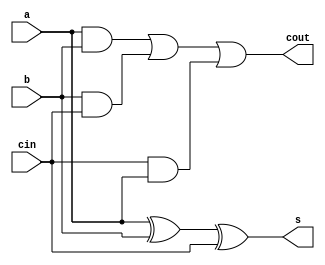

module FullAdder(input a,b,cin, output cout,s);
      assign cout = a&b|b&cin|cin&a;
      assign s = a^b^cin;
endmodule

module CRA(a,b,sum,cout);
      parameter N = 2;

      input [N-1:0] a,b;
      output cout;
      output [N-1:0] sum;

      wire [N-1:0] c;

      assign cout = c[N-1];

      FullAdder FA0(a[0],b[0],1'b0,c[0],sum[0]);

      genvar p;
      for(p = 1;p<N;p=p+1)
            begin:fa
            FullAdder FA(a[p],b[p],c[p-1],c[p],sum[p]);
            end
endmodule

module full_adder_2bit (Sum, Carry, A, B, Cin);
  input [1:0] A, B;
  input Cin;
  output [1:0] Sum;
  output Carry;
  reg [1:0] Sum;
  reg Carry;
  
  wire [1:0] temp_sum;
  wire temp_carry;
  wire [1:0] temp_sum1;
  wire temp_carry1;
  
  CRA r1(A, B, temp_sum, temp_carry);
         
  CRA r2(temp_sum, {1'b0,Cin}, temp_sum1, temp_carry1);
  
  always @(*)
    begin
      Sum <= temp_sum1;
      Carry <= temp_carry1 | temp_carry;
    end
endmodule